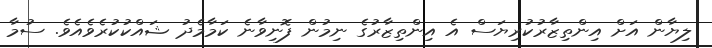
ލިޔާން އަށް އިންތިޒާރުކުރިޔަސް އެ އިންތިޒާރުގެ ނިމުން ފޮނިވާނެ ކަމާމެދު ޝައްކުކުރެވެއެވެ. ސުމާ